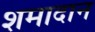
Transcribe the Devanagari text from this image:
शमादान